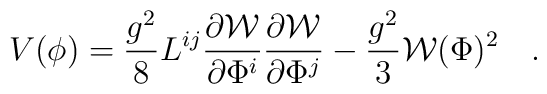
V(\phi) = \frac{g^2}{8} L^{ij}\frac{\partial  {\cal W}}{\partial\Phi^i}\frac{\partial {\cal W}}{\partial\Phi^j} -\frac{g^2}{3}{\cal W}(\Phi)^2\quad .